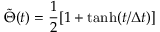
\tilde { \Theta } ( t ) = \frac { 1 } { 2 } [ 1 + \operatorname { t a n h } ( t / \Delta t ) ]